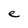
Character: e